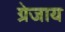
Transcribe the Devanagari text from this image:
ग्रेजाय